Bréfritari: Sigríður Pálsdóttir
Viðtakandi: Páll Pálsson
Dagsetning: A-1863-05-25
Skrifað á: Breiðabólsstað  Rang.
Páll var bróðir Sigríðar

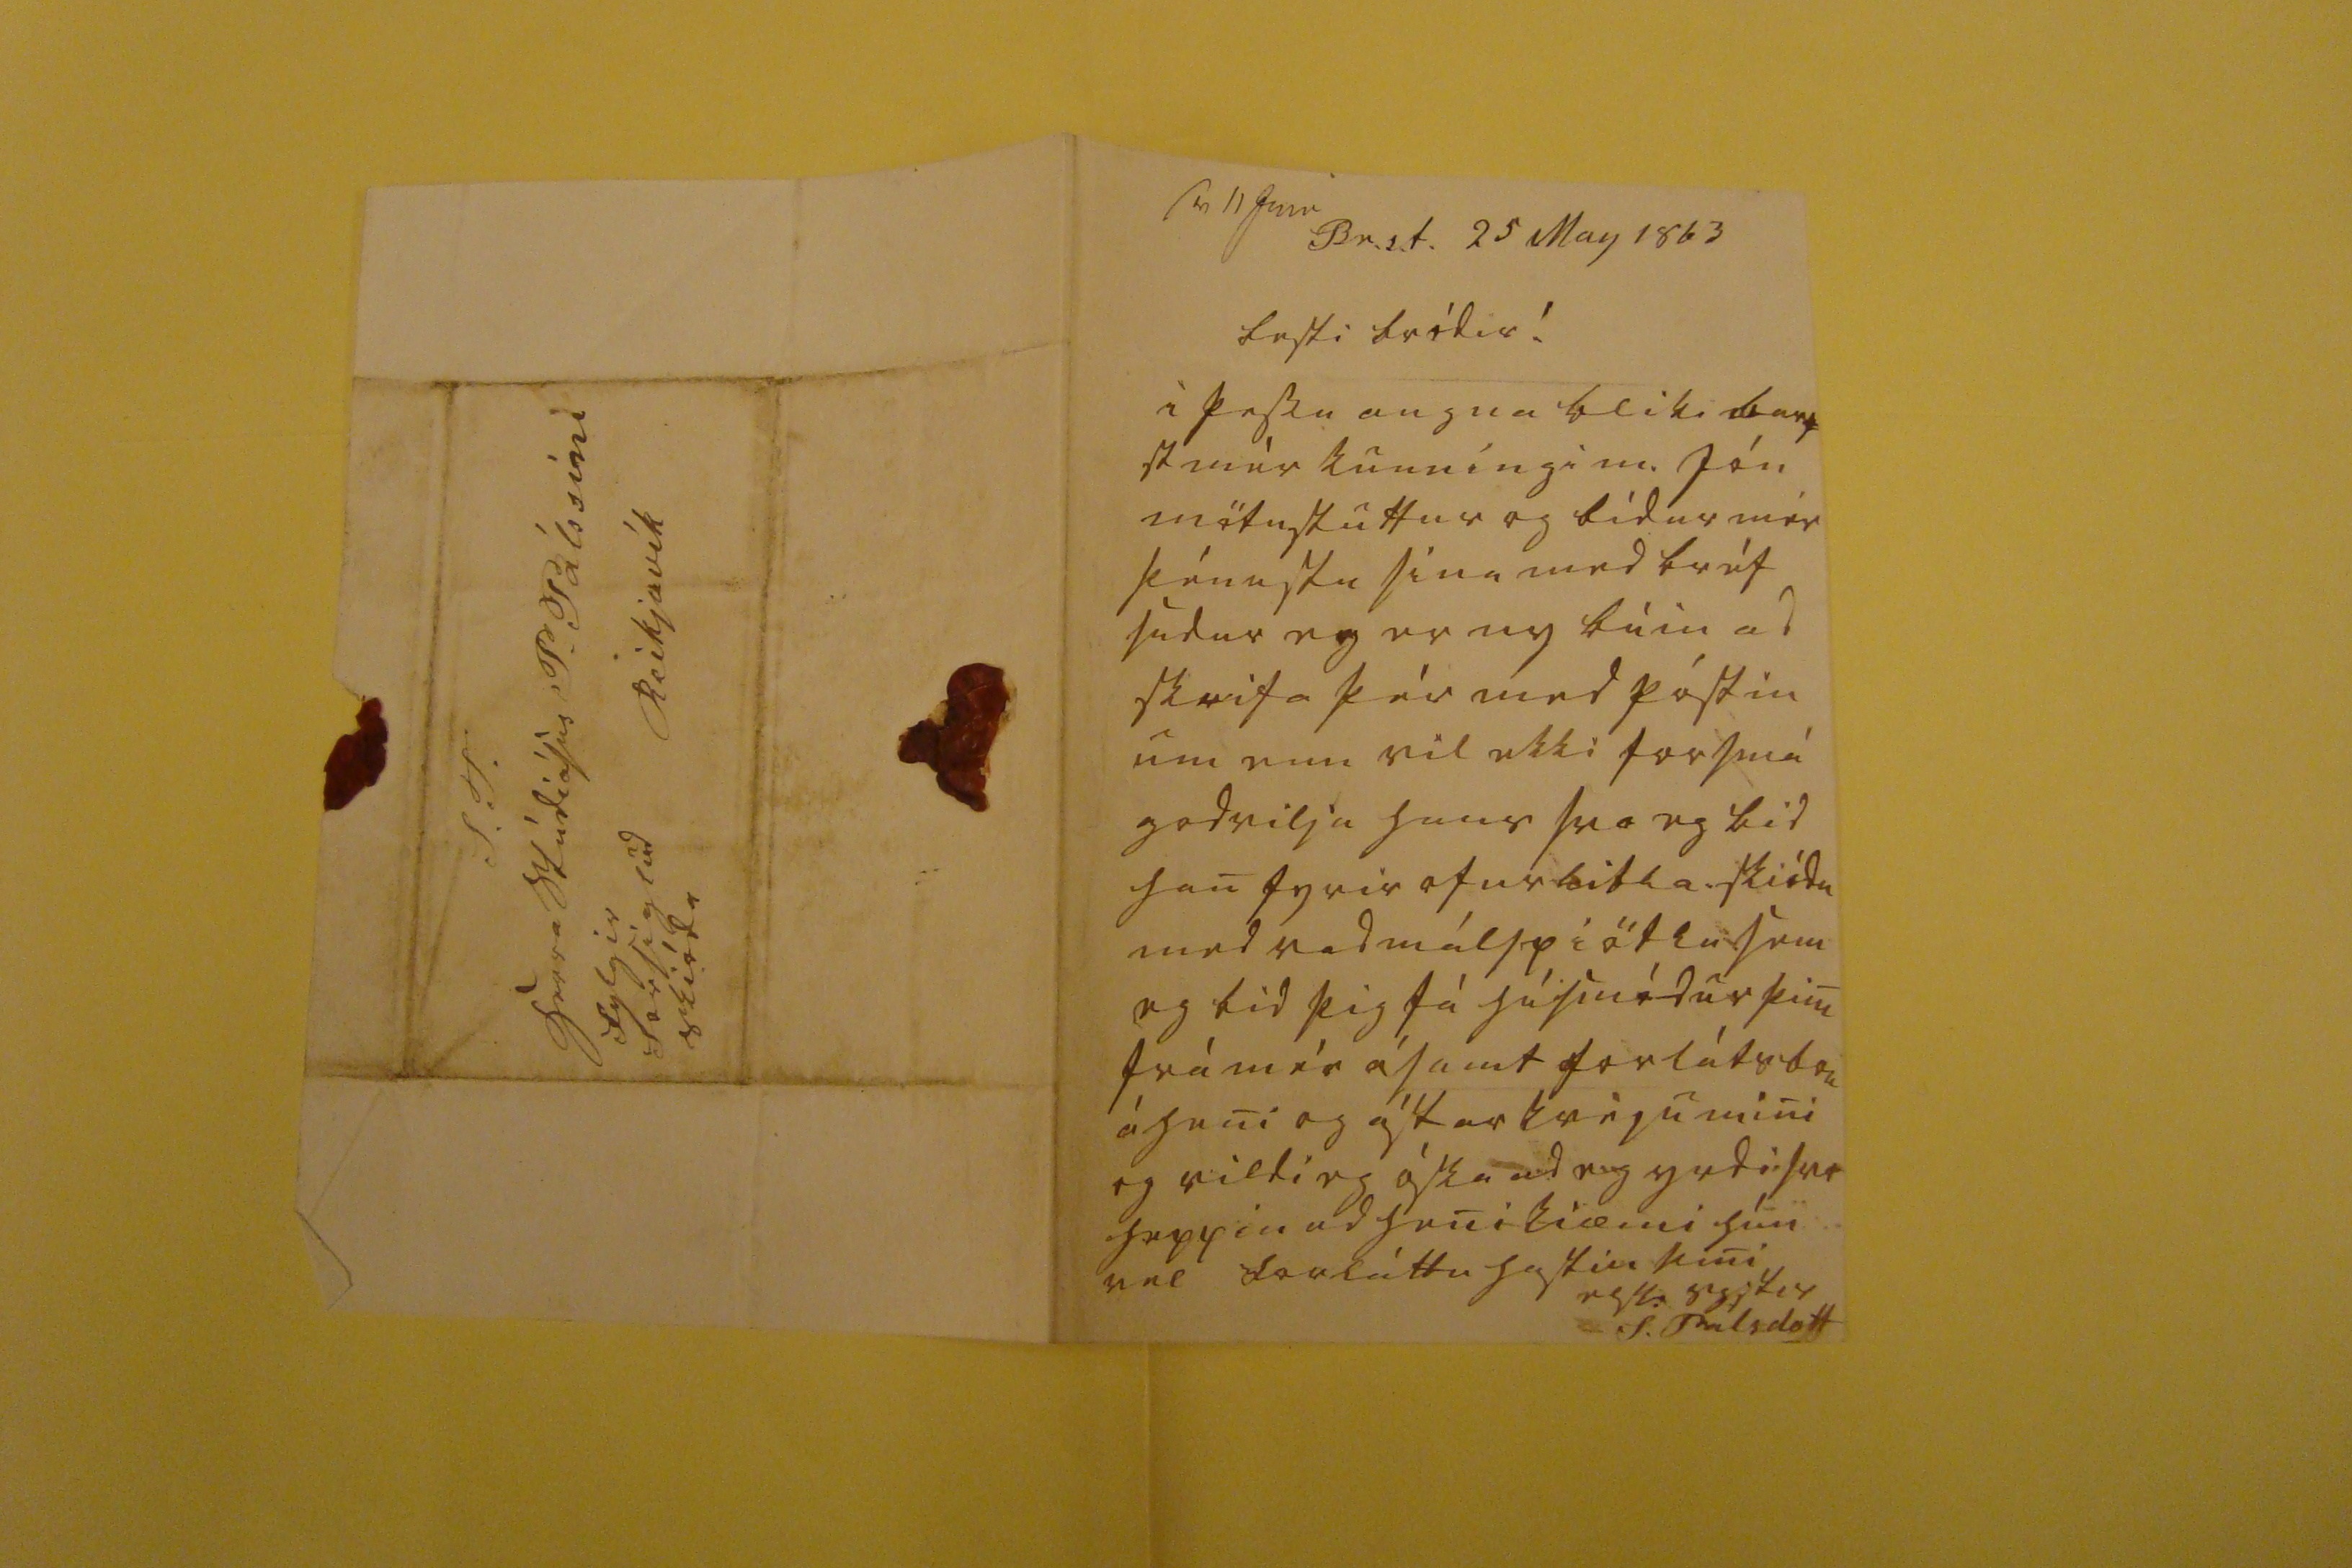

sv 11 Jun
Br.s.t. 25 May 1863
besti bródir!
i þessu augna bliki bar= st mér kunníngi m. Jón mö
tn
stuttur og bídur mér þónustu sína med bréf sudur eg er nybúin ad skrifa þér med póstin um enn vil ekki forsmá godvilja hans svo eg bid han fyrir ofurlitla skiódu med vadmálspiötlu sem eg bid þig fá húsmódur þini frá mér ásamt forláts
bon
á heni og ástarkveju mini og vildi eg óska ad eg yrdi svo heppin ad heni kiæmi hún vel forláttu hastin þini elsk: systir
S. Pálsdottir
S. T. herra Stúdiósus P. Pálssini Reikjavík fylgir forsiglud skióda